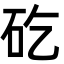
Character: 矻